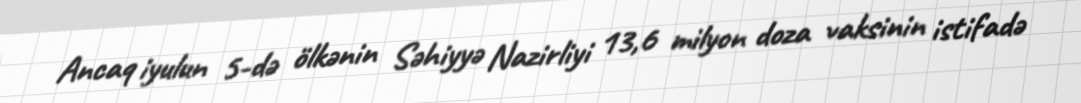
Ancaq iyulun 5-də ölkənin Səhiyyə Nazirliyi 13,6 milyon doza vaksinin istifadə